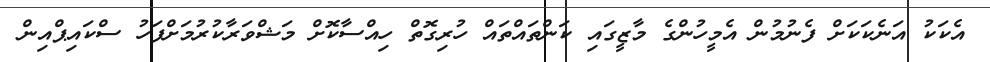
އެކަކު އަނެކަކަށް ފެނުމުން އެމީހުންގެ މާޒީގައި ކަންތައްތައް ހުރިގޮތް ހިއްސާކޮށް މަޝްވަރާކުރުމަށްފަހު ސްކައިޕްއިން